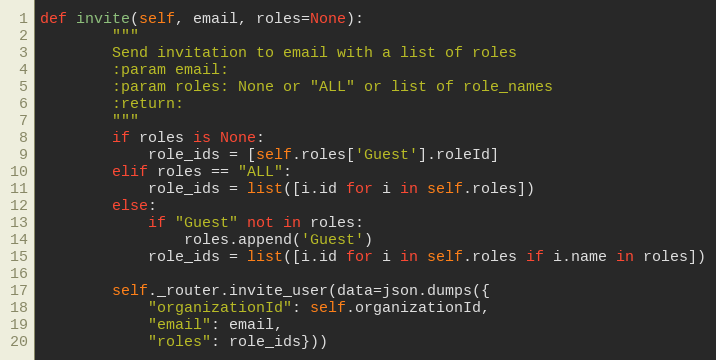
Language: Python
def invite(self, email, roles=None):
        """
        Send invitation to email with a list of roles
        :param email:
        :param roles: None or "ALL" or list of role_names
        :return:
        """
        if roles is None:
            role_ids = [self.roles['Guest'].roleId]
        elif roles == "ALL":
            role_ids = list([i.id for i in self.roles])
        else:
            if "Guest" not in roles:
                roles.append('Guest')
            role_ids = list([i.id for i in self.roles if i.name in roles])

        self._router.invite_user(data=json.dumps({
            "organizationId": self.organizationId,
            "email": email,
            "roles": role_ids}))